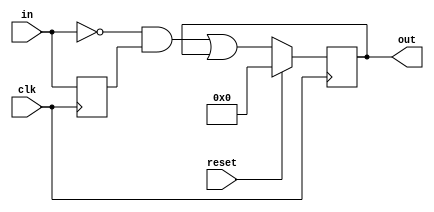
module top_module (
    input clk,
    input reset,
    input [31:0] in,
    output reg [31:0] out
    );
reg [31:0] q1;
wire [31:0] capture;
    always @(posedge clk) begin
        q1 <= in;
    end
    assign capture = ~in & q1;
    always @(posedge clk) begin
        if (reset) begin
            out <= 0;
        end else begin
            out <= capture | out;
        end
    end
endmodule